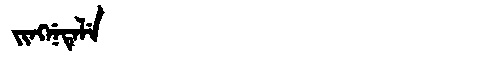
Manchu: ᠵᡳᠩᠨᡝᡨᡝᠯᡝ
Romanization: JINGNETELE